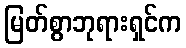
မြတ်စွာဘုရားရှင်က